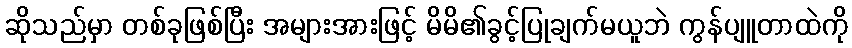
ဆိုသည်မှာ တစ်ခုဖြစ်ပြီး အများအားဖြင့် မိမိ၏ခွင့်ပြုချက်မယူဘဲ ကွန်ပျူတာထဲကို